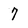
Character: 7